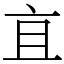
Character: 𬽈